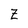
Character: Z